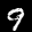
Label: 9